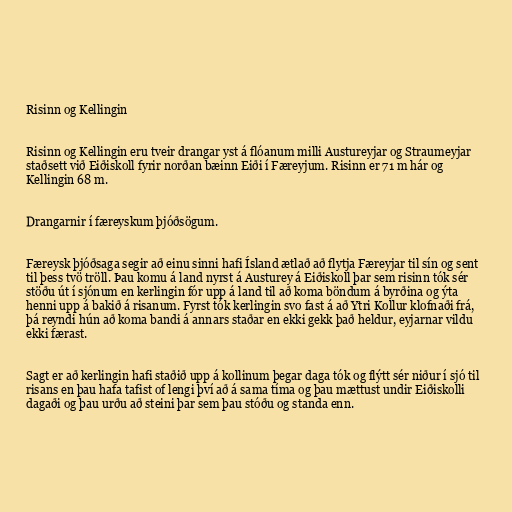
Risinn og Kellingin

Risinn og Kellingin eru tveir drangar yst á flóanum milli Austureyjar og Straumeyjar
staðsett við Eiðiskoll fyrir norðan bæinn Eiði í Færeyjum. Risinn er 71 m hár og
Kellingin 68 m.

Drangarnir í færeyskum þjóðsögum.

Færeysk þjóðsaga segir að einu sinni hafi Ísland ætlað að flytja Færeyjar til sín og sent
til þess tvö tröll. Þau komu á land nyrst á Austurey á Eiðiskoll þar sem risinn tók sér
stöðu út í sjónum en kerlingin fór upp á land til að koma böndum á byrðina og ýta
henni upp á bakið á risanum. Fyrst tók kerlingin svo fast á að Ytri Kollur klofnaði frá,
þá reyndi hún að koma bandi á annars staðar en ekki gekk það heldur, eyjarnar vildu
ekki færast.

Sagt er að kerlingin hafi staðið upp á kollinum þegar daga tók og flýtt sér niður í sjó til
risans en þau hafa tafist of lengi því að á sama tíma og þau mættust undir Eiðiskolli
dagaði og þau urðu að steini þar sem þau stóðu og standa enn.